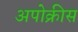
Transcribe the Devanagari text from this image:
अपोक्रीस